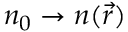
n _ { 0 } \to n ( \vec { r } )